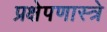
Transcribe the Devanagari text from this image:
प्रक्षेपणास्त्रे